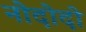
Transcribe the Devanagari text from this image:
नोदोदो